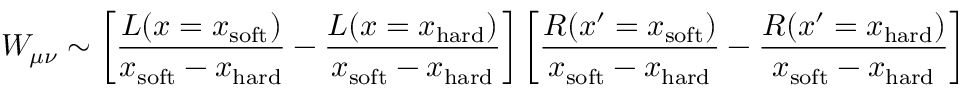
W _ { \mu \nu } \sim \left[ \frac { L ( x = x _ { \mathrm { s o f t } } ) } { x _ { \mathrm { s o f t } } - x _ { \mathrm { h a r d } } } - \frac { L ( x = x _ { \mathrm { h a r d } } ) } { x _ { \mathrm { s o f t } } - x _ { \mathrm { h a r d } } } \right] \left[ \frac { R ( x ^ { \prime } = x _ { \mathrm { s o f t } } ) } { x _ { \mathrm { s o f t } } - x _ { \mathrm { h a r d } } } - \frac { R ( x ^ { \prime } = x _ { \mathrm { h a r d } } ) } { x _ { \mathrm { s o f t } } - x _ { \mathrm { h a r d } } } \right]